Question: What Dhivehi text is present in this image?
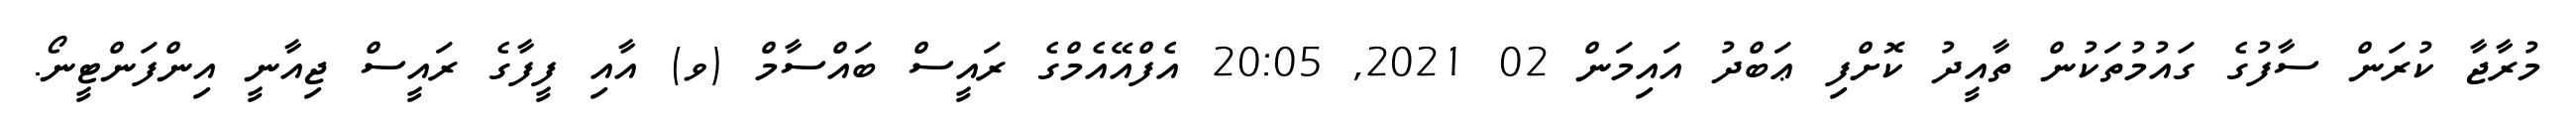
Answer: މުރާޖާ ކުރަން ސާފުގެ ގައުމުތަކުން ތާއީދު ކޮށްފި ޢަބްދު އައިމަން 02 2021, 20:05 އެފްއޭއެމްގެ ރައީސް ބައްސާމް (ވ) އާއި ފީފާގެ ރައީސް ޖިއާނީ އިންފަންޓީނޯ.